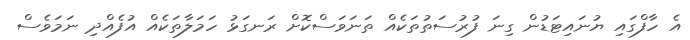
އެ ހާފްގައި ޔުނައިޓަޑުން ގިނަ ފުރުސަތުތަކެއް ތަނަވަސްކޮށް ރަނގަޅު ހަމަލާތަކެއް އުފެއްދި ނަމަވެސް